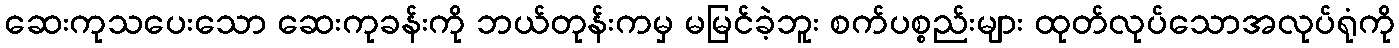
ဆေးကုသပေးသော ဆေးကုခန်းကို ဘယ်တုန်းကမှ မမြင်ခဲ့ဘူး စက်ပစ္စည်းများ ထုတ်လုပ်သောအလုပ်ရုံကို